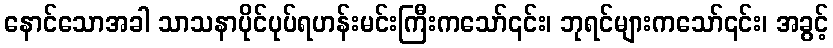
နောင်သောအခါ သာသနာပိုင်ပုပ်ရဟန်းမင်းကြီးကသော်၎င်း၊ ဘုရင်များကသော်၎င်း၊ အခွင့်